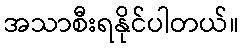
အသာစီးရနိုင်ပါတယ်။